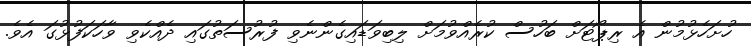
ހުށަހެޅުމުން އެ ރިޕޯޓަށް ބަހުސް ކުރެއްވުމަށް ލިބިވަޑައިގެންނެވި ފުރުސަތުގައި ދެއްކެވި ވާހަކަފުޅުގަ އެވެ.